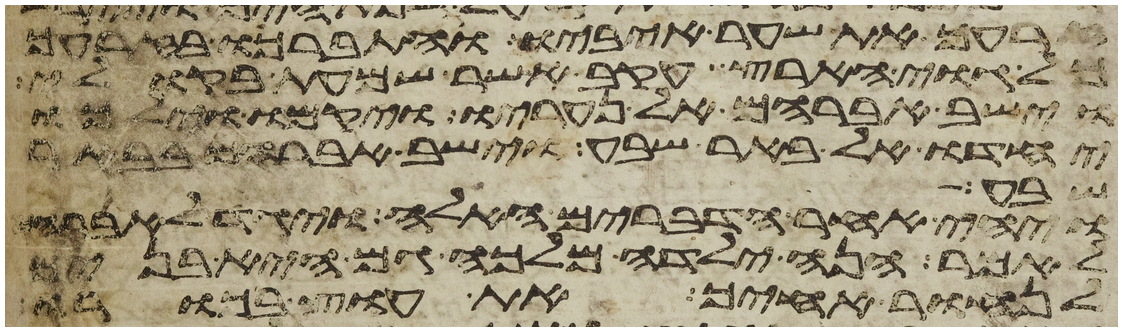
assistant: זרעך את שער איביו והתברכו בזרעך
גוי הארץ עקב אשר שמעת בקולי
וישב אברהם אל נעריו ויקמו וילכו
יחדו אל באר שבע וישב אברהם בבאר
שבע
ויהי אחר הדברים האלה ויגד לאברהם
לאמר הנה ילדה מלכה גם היא בנים
לנחור אחיך את עוץ בכורו